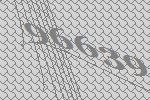
96639